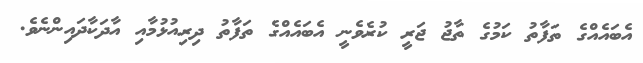
އެބައެއްގެ ތަފާތު ކަމުގެ ތާޖު ޖަރީ ކުރެވެނީ އެބައެއްގެ ތަފާތު ދިރިއުޅުމާއި އާދަކާދައިންނެވެ.